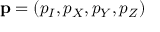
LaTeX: \mathbf { p } = \left( p _ { I } , p _ { X } , p _ { Y } , p _ { Z } \right)